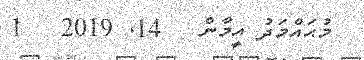
މުޙައްމަދު އީމާން   14